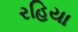
રહિયા